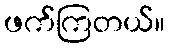
ဖက်ကြတယ်။